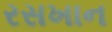
રસખાન